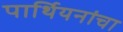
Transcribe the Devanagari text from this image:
पार्थियनांचा